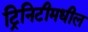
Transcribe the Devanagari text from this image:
ट्रिनिटीमधील